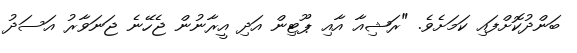
ބަންދުކޮށްފައި ކަމަށެވެ. "ރަޝިއާ އާއި ޕޫޓިން އަދި އީރާނުން ޖެހޭނެ ޖަނަވާރު އަސަދު